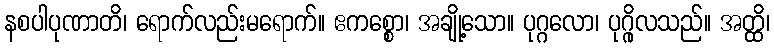
နစပါပုဏာတိ၊ ရောက်လည်းမရောက်။ ဧကစ္စော၊ အချို့သော။ ပုဂ္ဂလော၊ ပုဂ္ဂိုလသည်။ အတ္ထိ၊